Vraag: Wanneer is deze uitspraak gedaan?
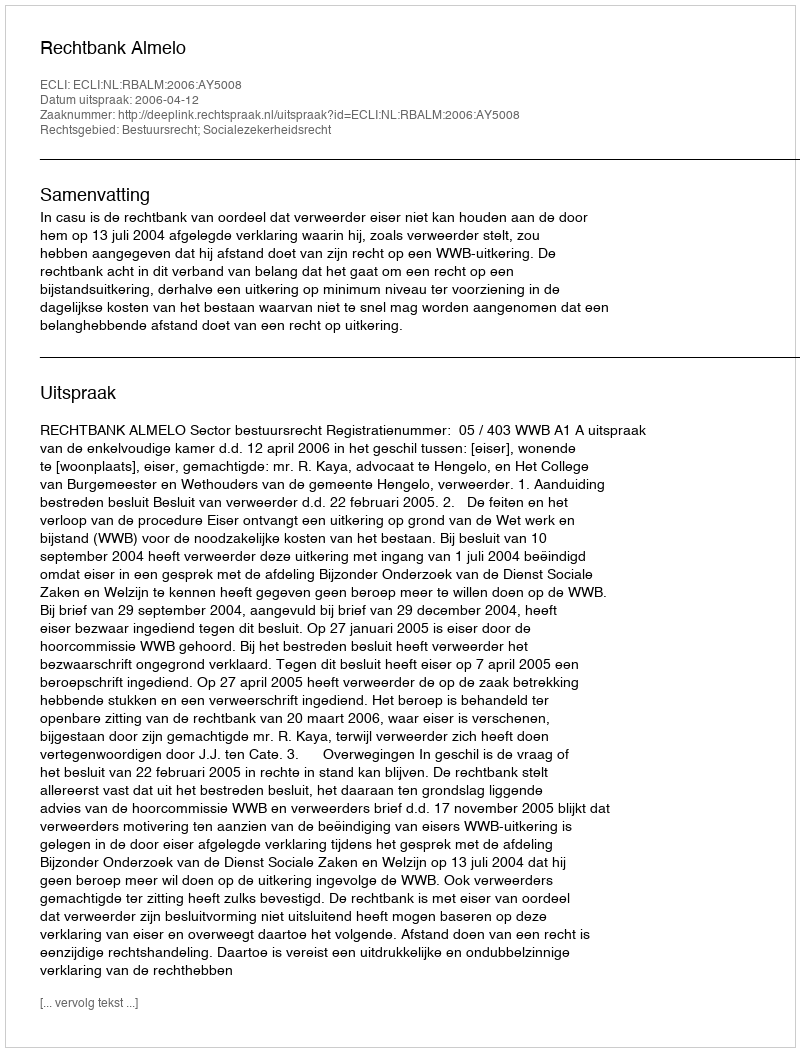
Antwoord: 2006-04-12